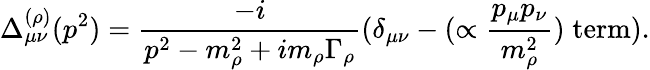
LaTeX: \Delta_{\mu\nu}^{(\rho)}(p^{2})=\frac{-i}{p^{2}-m_{\rho}^{2}+im_{\rho}\Gamma_{\rho}}(\delta_{\mu\nu}-(\propto\frac{p_{\mu}p_{\nu}}{m_{\rho}^{2}})\; \mathrm{term}).